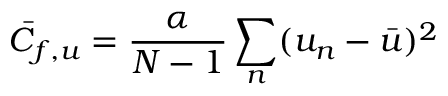
\bar { C } _ { f , u } = \frac { \alpha } { N - 1 } \sum _ { n } ( u _ { n } - \bar { u } ) ^ { 2 }